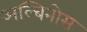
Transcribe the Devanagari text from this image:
अल्बिनोस